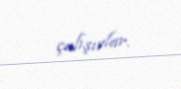
çalışırlar.